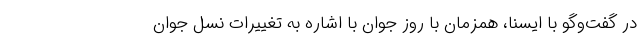
در گفت‌وگو با ایسنا، همزمان با روز جوان با اشاره به تغییرات نسل جوان